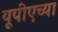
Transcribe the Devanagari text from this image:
यूपीएच्या